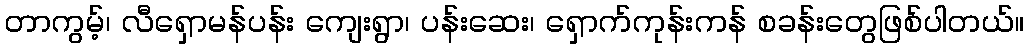
တာကွမ့်၊ လီရှောမန်ပန်း ကျေးရွာ၊ ပန်းဆေး၊ ရှောက်ကုန်းကန် စခန်းတွေဖြစ်ပါတယ်။